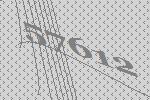
57612